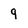
Character: 9